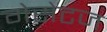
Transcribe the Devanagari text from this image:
गेसेटज